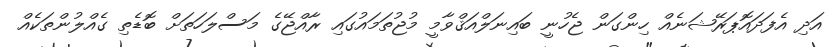
އަދި އެފަދައޮޕަރޭޝަނެއް ހިންގަން ޖެހުނީ ބައިނަލްއަޤްވާމީ މުޖުތަމައުގައި ރާއްޖޭގެ މަސްލަހަތަށް ބޮޑެތި ގެއްލުންތަކެއް